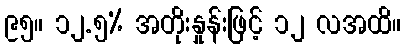
၉၅။ ၁၂.၅% အတိုးနှုန်းဖြင့် ၁၂ လအထိ။